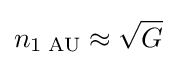
n_{1\;{\text{AU}}}\approx {\sqrt {G}}